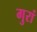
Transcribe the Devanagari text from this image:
गुरां